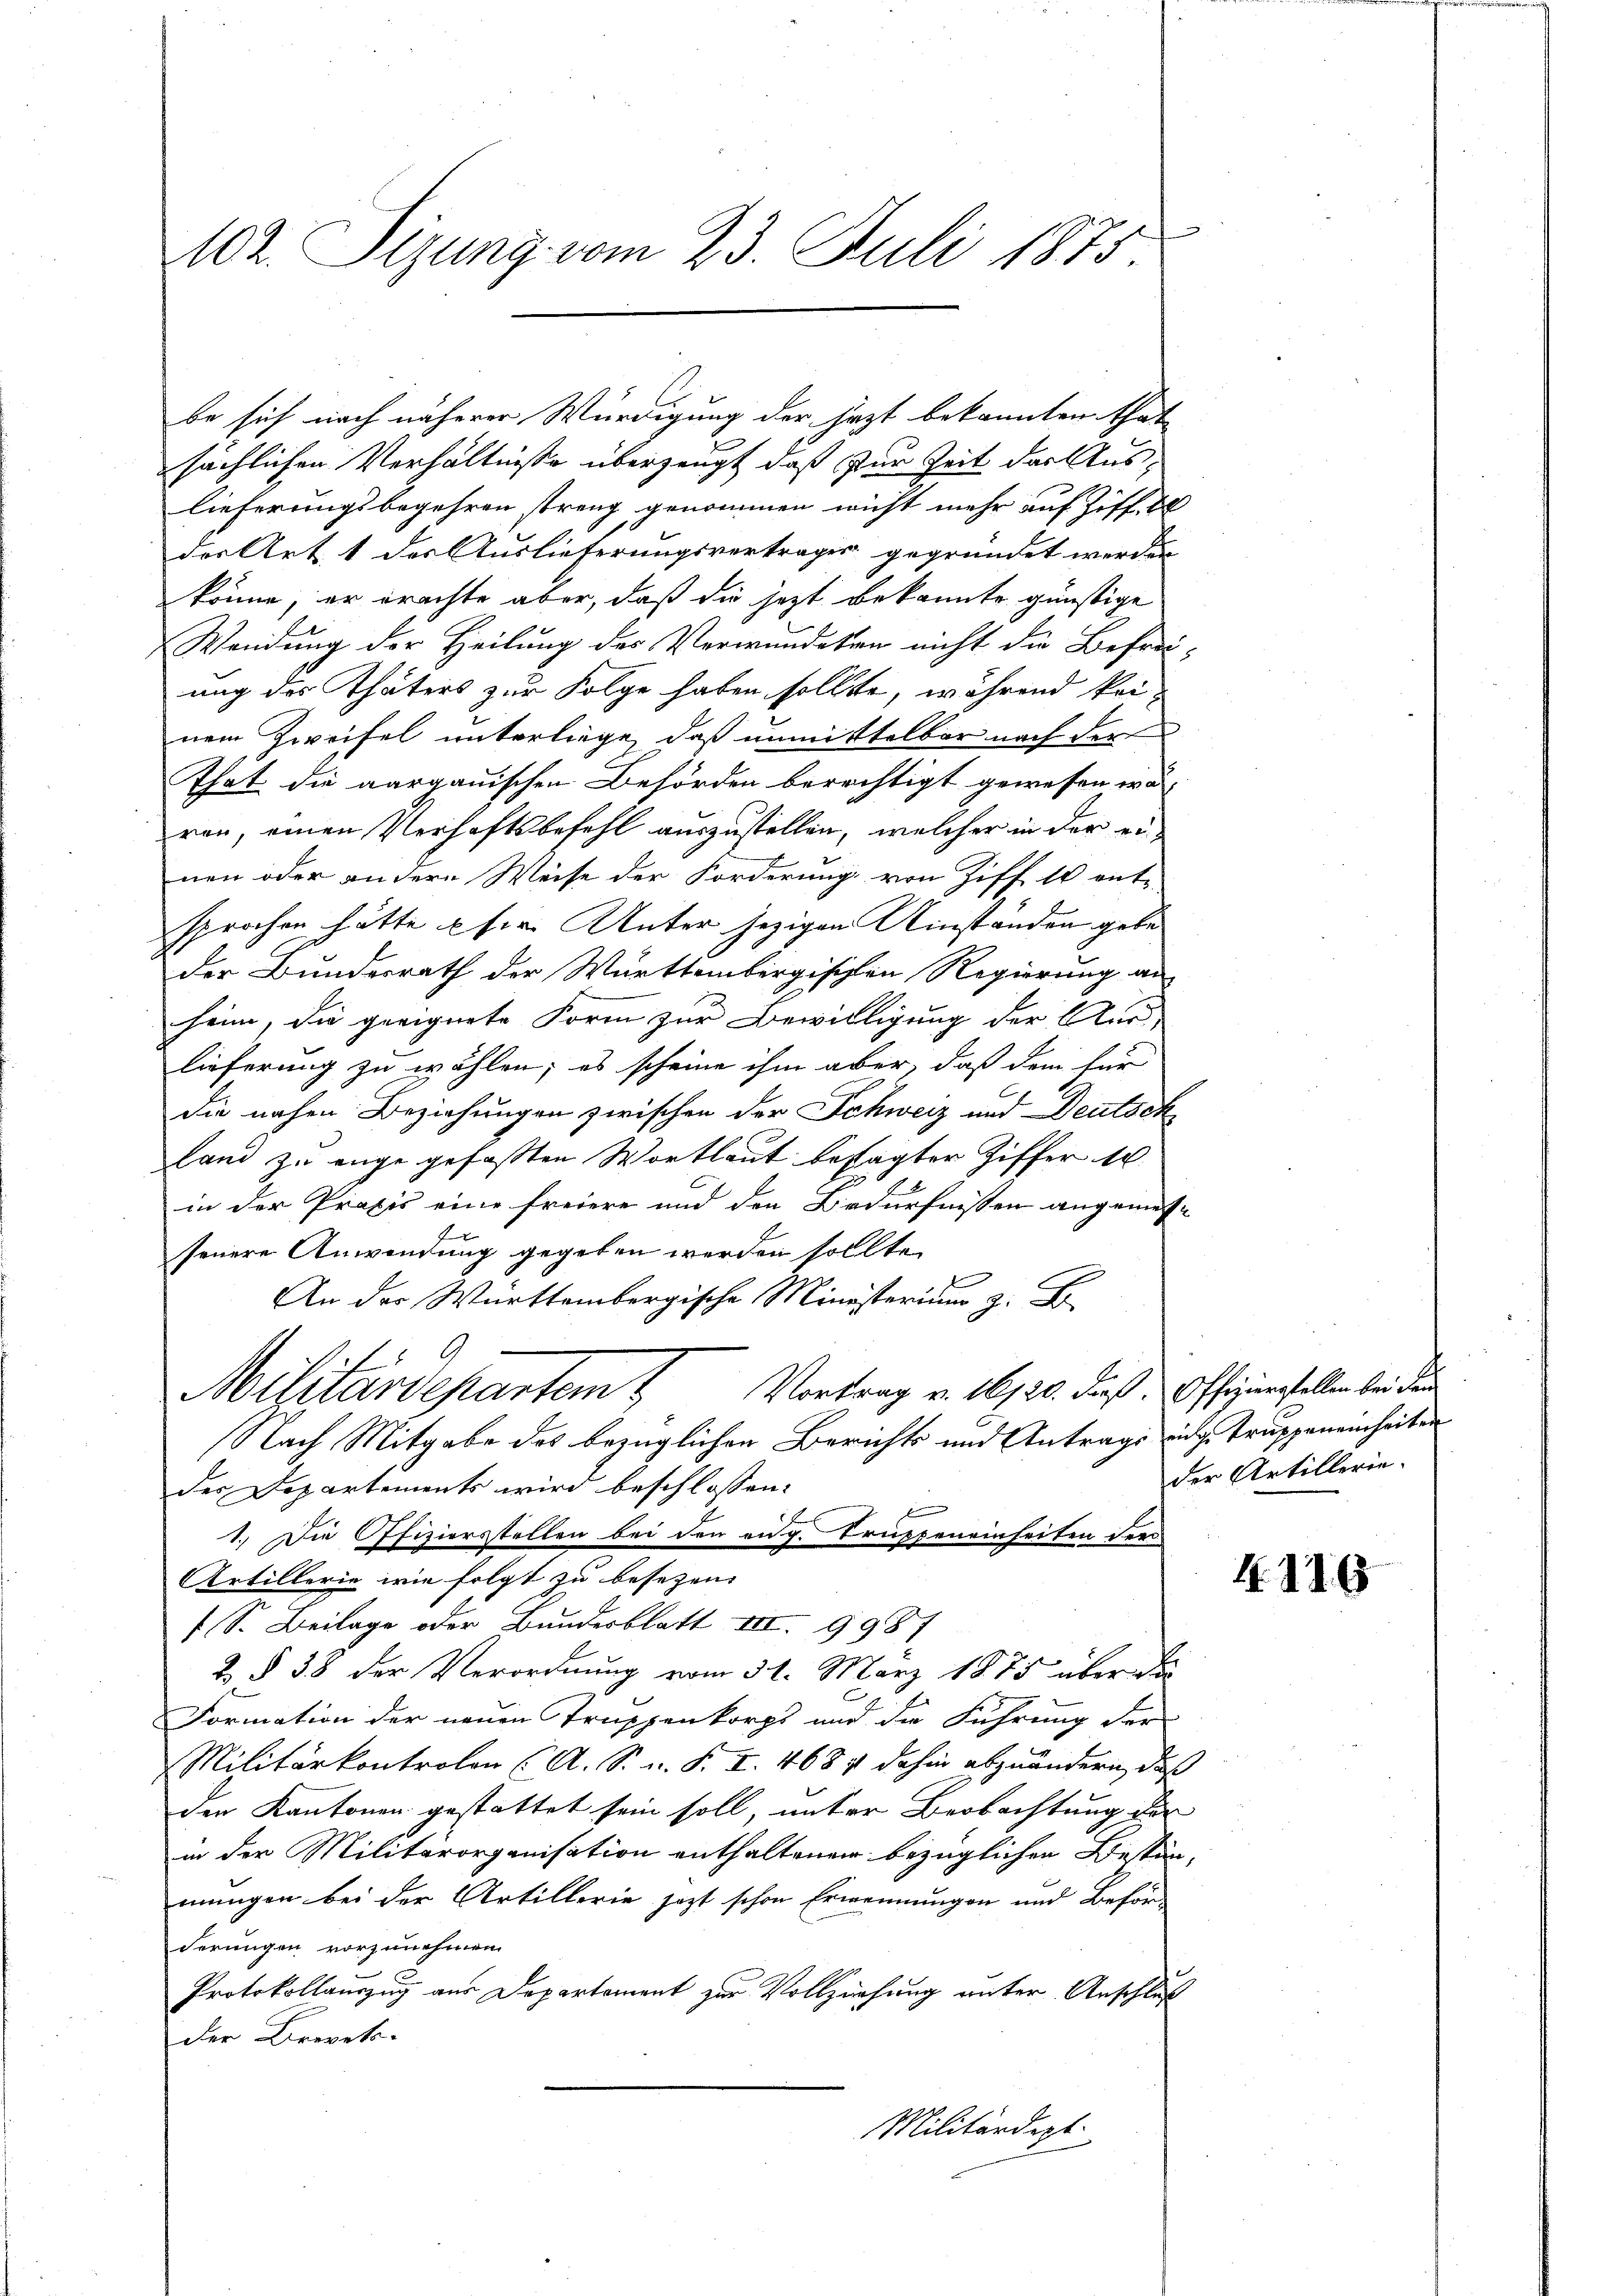
102. Sizung vom 23. Juli 1875.

be sich noch näherer Würdigung der jezt bekannten that
sächlichen Verhältniße überzeugt, daß für Zeit der Auslieferungsbegehren streng genommen wicht mehr auf Ziff. 2
des Art. 1 der Auslieferungsvertrages gegründet werden
könne, er erachte aber, daß die jetzt bekannte günstige
Wendung der Heilung des Verwundeten nicht die Befrei-
ung des Thäters zur Folge haben sollte, während keinem Zweifel unterliege, daß unmittelbar nach der
That die aargauischen Behörden berechtigt gewesen wa
ren, einen Verhaftsbefehl auszustellen, welcher in der einen oder andere Weise der Forderung von Ziff 10 ent-
sprochen hätte pfer Unter jezigen Umständen gebe
der Bundesrath der Württembergischen Regierung an
heim, die geeignete Form zur Bewilligung der Aus-
lieferung zu wählen; es scheine ihm aber, daß dem für
die nahen Beziehungen zwischen der Schweiz und Deutsch
Land zu enge gefaßten Wortlaut bestagter Ziffer 1
in der Praxis eine freiere und den Bedürfnißen angemesse
seuere Anwendung gegeben werden sollte.
An der Württembergische Ministerium z. B.
9
Miluardepartem Vortrag v. 16/20. dieß. Offiziersstellen bei dem
Nach Mitgabe das bezüglichen Berichts und Antrags eidg. Truppeneinheiten
der Departements wird beschlossen:
s
1.) Die Offizierstellen bei den aug. Truppeneinheiten der
Artillerie wie folgt zu besezen. |
S. Beilage oder Bundesblatt III. 9987
2 § 38 der Verordnung vom 31. März 1875 über da
Formation der neuen Truppenkorps und die Führung der
Militärkontrolen (A. S. n. F. I. 4684 dahin abzuändern, daß
der Kantonen gestattet sein soll, unter Beobachtung der
in der Militärorganisation enthaltenen bezüglichen Bestimmungen bei der Artillerie jezt schon Ernennungen und Beför
derungen vorzunehmen.
Protokollauszug aus Departement zur Vollziehung unter Anschluß
der Brevet.
Militärdept.

der Artillerie-

4116